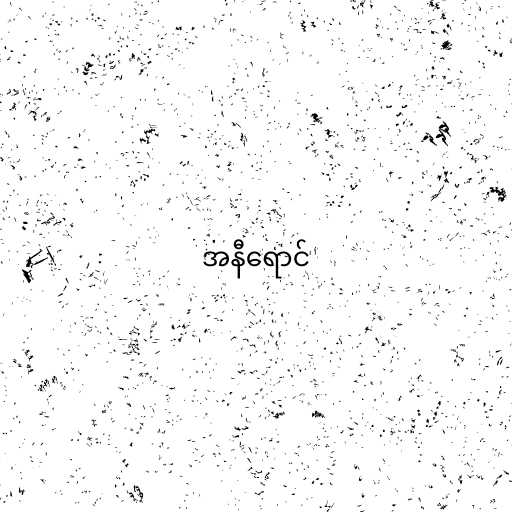
အနီရောင်